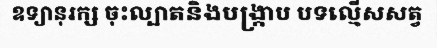
ឧទ្យានុរក្ស ចុះល្បាតនិងបង្ក្រាប បទល្មើសសត្វ